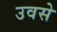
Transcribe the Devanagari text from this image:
उवसे